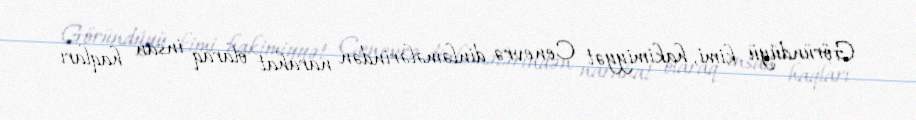
Göründüyü kimi, hakimiyyət Cenevrə dinləmələrindən narahat olaraq insan haqları